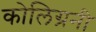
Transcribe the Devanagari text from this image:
कोलिग्रनी